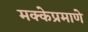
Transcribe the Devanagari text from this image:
मक्केप्रमाणे